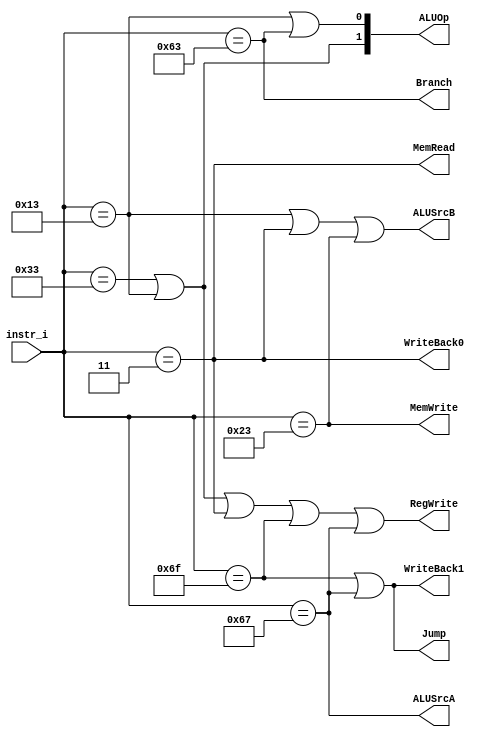

`timescale 1ns/1ps

module Decoder(
    input   [7-1:0]     instr_i,
    output              RegWrite,
    output              Branch,
    output              Jump,
    output              WriteBack1,
    output              WriteBack0,
    output              MemRead,
    output              MemWrite,
    output              ALUSrcA,
    output              ALUSrcB,
    output  [2-1:0]     ALUOp
);

/* Write your code HERE */

parameter [7-1:0] Rtype =  7'b0110011;
parameter [7-1:0] Itype =  7'b0010011;
parameter [7-1:0] load =   7'b0000011;
parameter [7-1:0] store =  7'b0100011;
parameter [7-1:0] branch = 7'b1100011;
parameter [7-1:0] jal =    7'b1101111;
parameter [7-1:0] jalr =   7'b1100111;

assign RegWrite = (instr_i == Rtype) || (instr_i == Itype) || (instr_i == load) || (instr_i == jal) || (instr_i == jalr);
assign Branch = (instr_i == branch);
assign Jump = (instr_i == jal) || (instr_i == jalr);
assign WriteBack0 = (instr_i == load);
assign WriteBack1 = (instr_i == jal) || (instr_i == jalr);
assign MemRead = (instr_i == load);
assign MemWrite = (instr_i == store);
assign ALUSrcA = (instr_i == jalr);
assign ALUSrcB = (instr_i == Itype) || (instr_i == load) || (instr_i == store);
assign ALUOp[1] = (instr_i == Rtype) || (instr_i == Itype);
assign ALUOp[0] = (instr_i == Itype) || (instr_i == branch);

endmodule